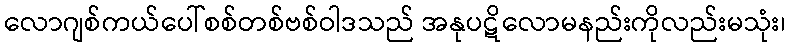
လောဂျစ်ကယ်ပေါ်စစ်တစ်ဗစ်ဝါဒသည် အနုပဋိလောမနည်းကိုလည်းမသုံး၊